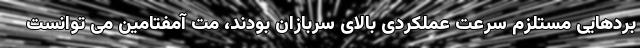
بردهایی مستلزم سرعت عملکردی بالای سربازان بودند، مت آمفتامین می توانست